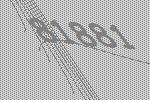
81881